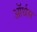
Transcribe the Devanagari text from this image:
ऑर्थस